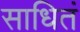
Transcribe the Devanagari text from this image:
साधितं